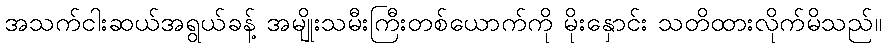
အသက်ငါးဆယ်အရွယ်ခန့် အမျိုးသမီးကြီးတစ်ယောက်ကို မိုးနှောင်း သတိထားလိုက်မိသည်။